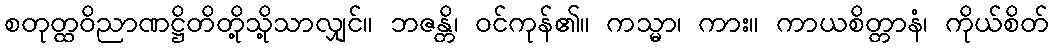
စတုတ္ထဝိညာဏဋ္ဌိတိတို့သို့သာလျှင်။ ဘဇန္တိ၊ ဝင်ကုန်၏။ ကသ္မာ၊ ကား။ ကာယစိတ္တာနံ၊ ကိုယ်စိတ်